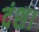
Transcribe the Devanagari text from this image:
दंश।